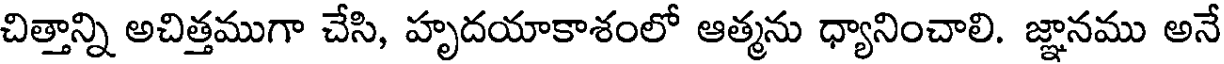
చిత్తాన్ని అచిత్తముగా చేసి, హృదయాకాశంలో ఆత్మను ధ్యానించాలి. జ్ఞానము అనే